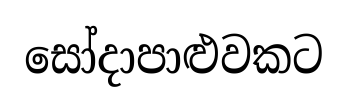
සෝදාපාළුවකට